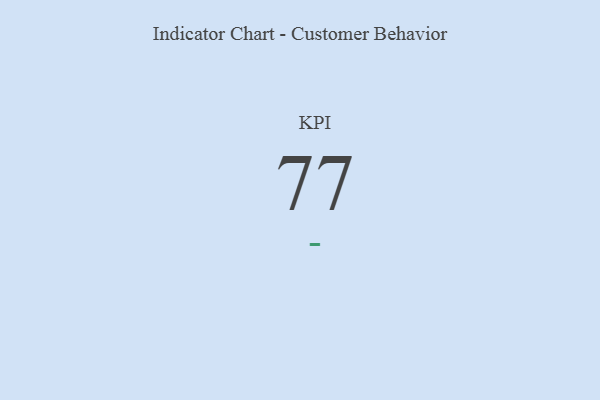
{"axis": {"x": "KPI", "y": "Value"}, "legend": [""], "data": [{"x": "KPI", "y": 77, "type": ""}]}